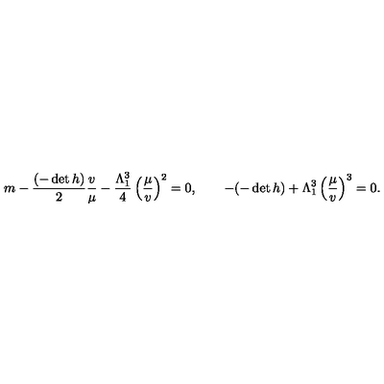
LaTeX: m - \frac { ( - \det h ) } { 2 } \frac { v } { \mu } - \frac { \Lambda _ { 1 } ^ { 3 } } { 4 } \left( \frac { \mu } { v } \right) ^ { 2 } = 0 , \qquad - ( - \det h ) + \Lambda _ { 1 } ^ { 3 } \left( \frac { \mu } { v } \right) ^ { 3 } = 0 .